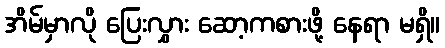
အိမ်မှာလို ပြေးလွှား ဆော့ကစားဖို့ နေရာ မရှိ။